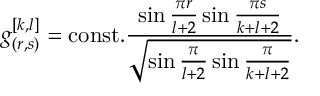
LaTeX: g _ { ( r , s ) } ^ { [ k , l ] } = \mathrm { c o n s t . } { \frac { \sin { \frac { \pi r } { l + 2 } } \sin { \frac { \pi s } { k + l + 2 } } } { \sqrt { \sin { \frac { \pi } { l + 2 } } \sin { \frac { \pi } { k + l + 2 } } } } } .